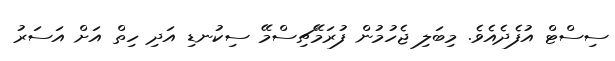
ސިސްޓް އުފެދެއެވެ. މިބަލި ޖެހުމުން ފުރަމޭޗިސްމޭ ސިކުނޑި އަދި ހިތް އަށް އަސަރު